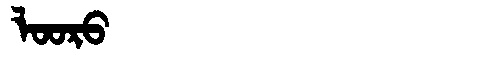
Manchu: ᠯᠣᠣᡵᠣ
Romanization: LOORO